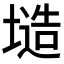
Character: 𭏤